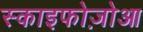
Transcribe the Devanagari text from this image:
स्काइफोज़ोआ